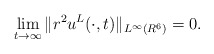
\begin{align*}\lim_{t\to\infty}\|r^2u^L(\cdot,t)\|_{L^{\infty}(R^6)}=0.\end{align*}